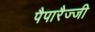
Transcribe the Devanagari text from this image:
पैपारैज्जी